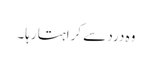
وہ درد سے کراہتا رہا۔